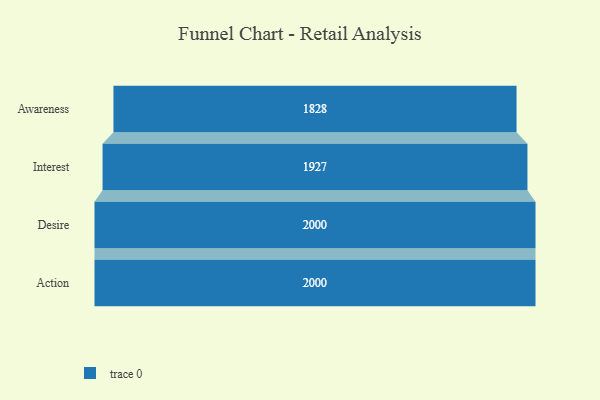
{"axis": {"x": "Stage", "y": "Value"}, "legend": [""], "data": [{"x": "Awareness", "y": 1828.0, "type": ""}, {"x": "Interest", "y": 1927.0, "type": ""}, {"x": "Desire", "y": 2000, "type": ""}, {"x": "Action", "y": 2000, "type": ""}]}